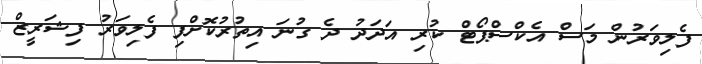
ފެލިވަރުން މަސް އެކްސްޕޯޓް ކުރި އަދަދު ދެ ގުނަ އިތުރުކޮށްފި ފެލިވަރު ފިޝަރީޒް